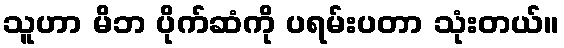
သူဟာ မိဘ ပိုက်ဆံကို ပရမ်းပတာ သုံးတယ်။